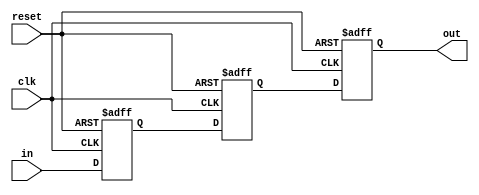
/*
  File: synchronizer.v
 
  This file is part of the Parallella FPGA Reference Design.

  Copyright (C) 2013 Adapteva, Inc.
  Contributed by Roman Trogan <support@adapteva.com>

  This program is free software: you can redistribute it and/or modify
  it under the terms of the GNU General Public License as published by
  the Free Software Foundation, either version 3 of the License, or
  (at your option) any later version.

  This program is distributed in the hope that it will be useful,
  but WITHOUT ANY WARRANTY; without even the implied warranty of
  MERCHANTABILITY or FITNESS FOR A PARTICULAR PURPOSE.  See the
  GNU General Public License for more details.

  You should have received a copy of the GNU General Public License
  along with this program (see the file COPYING).  If not, see
  <http://www.gnu.org/licenses/>.
*/
module synchronizer #(parameter DW=32) (/*AUTOARG*/
   // Outputs
   out,
   // Inputs
   in, clk, reset
   );


   //Input Side   
   input  [DW-1:0] in;   
   input           clk;      
   input           reset;//asynchronous signal
   
   
   //Output Side
   output [DW-1:0] out;

   reg [DW-1:0] sync_reg0;
   reg [DW-1:0] sync_reg1;
   reg [DW-1:0] out;
     
   //Synchronization between clock domain
   //We use two flip-flops for metastability improvement
   always @ (posedge clk or posedge reset)
     if(reset)
       begin
	  sync_reg0[DW-1:0] <= {(DW){1'b0}};
	  sync_reg1[DW-1:0] <= {(DW){1'b0}};
	  out[DW-1:0]       <= {(DW){1'b0}};
       end
     else
       begin
	  sync_reg0[DW-1:0] <= in[DW-1:0];
	  sync_reg1[DW-1:0] <= sync_reg0[DW-1:0];
	  out[DW-1:0]       <= sync_reg1[DW-1:0];
       end
   

endmodule // clock_synchronizer